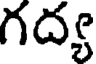
గద్య